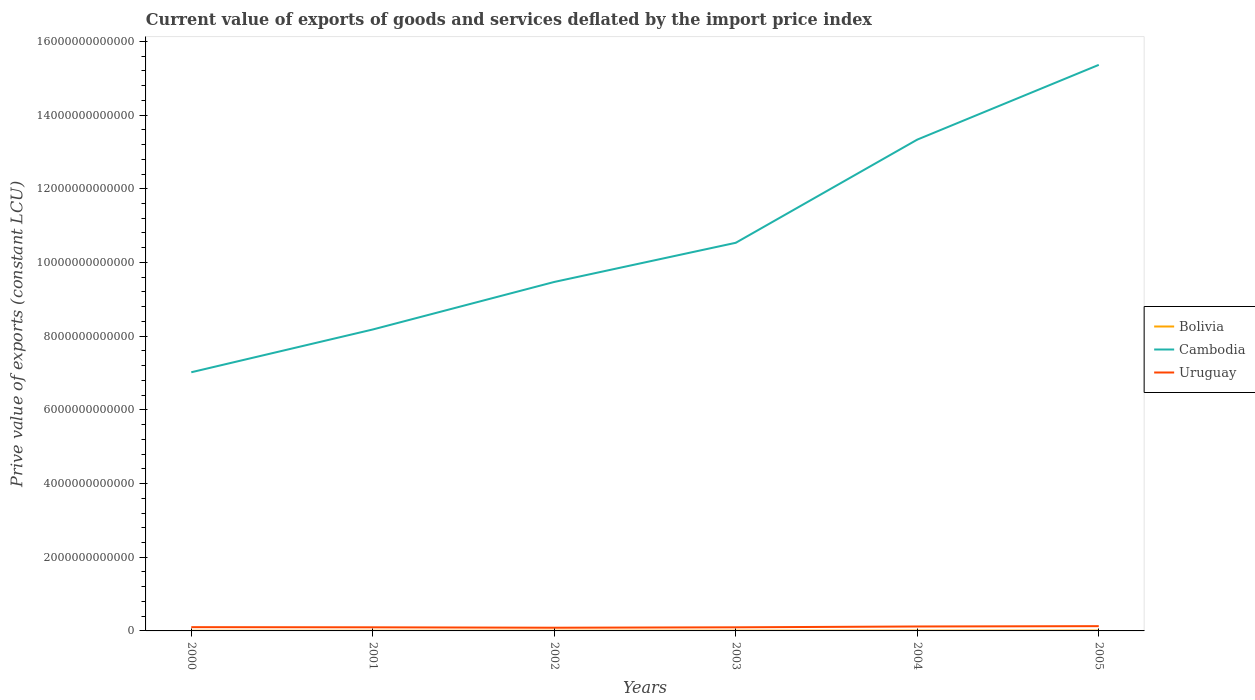
| Years | Bolivia | Cambodia | Uruguay |
 | --- | --- | --- | --- |
 | 2000 | 4.27e+09 | 7.02e+12 | 1.02e+11 |
 | 2001 | 4.8e+09 | 8.18e+12 | 9.8e+10 |
 | 2002 | 5.35e+09 | 9.47e+12 | 8.71e+10 |
 | 2003 | 6.72e+09 | 1.05e+13 | 9.78e+10 |
 | 2004 | 8.63e+09 | 1.33e+13 | 1.2e+11 |
 | 2005 | 9.28e+09 | 1.54e+13 | 1.29e+11 |